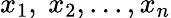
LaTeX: x_{1},\ x_{2},...,x_{n}